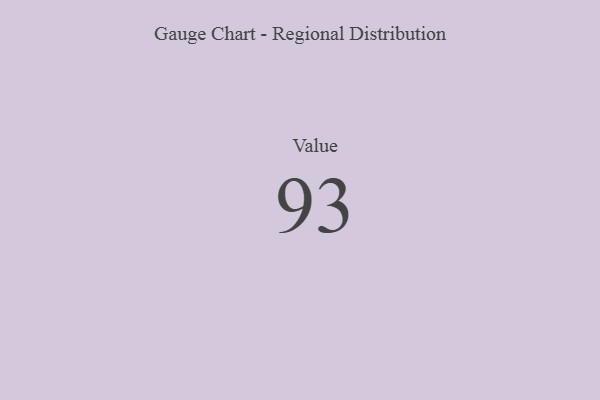
{"axis": {"x": "Metric", "y": "Value"}, "legend": [""], "data": [{"x": "Value", "y": 93, "type": ""}]}